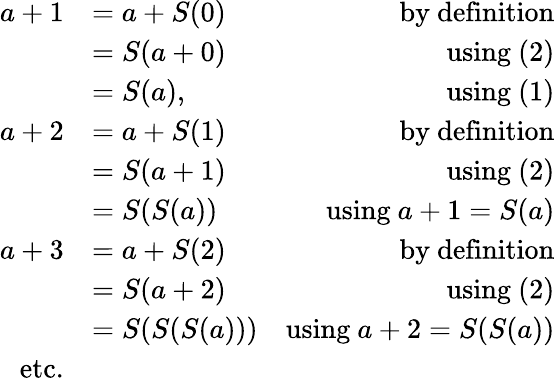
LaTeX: {\begin{array}{rlr}{a+1}&{=a+S(0)}&{{\mathrm{by~definition}}}\\ &{=S(a+0)}&{{\mathrm{using~(2)}}}\\ &{=S(a),}&{{\mathrm{using~(1)}}}\\ {a+2}&{=a+S(1)}&{{\mathrm{by~definition}}}\\ &{=S(a+1)}&{{\mathrm{using~(2)}}}\\ &{=S(S(a))}&{{\mathrm{using~}}a+1=S(a)}\\ {a+3}&{=a+S(2)}&{{\mathrm{by~definition}}}\\ &{=S(a+2)}&{{\mathrm{using~(2)}}}\\ &{=S(S(S(a)))}&{{\mathrm{using~}}a+2=S(S(a))}\\ {{\mathrm{etc.}}}&{}\end{array}}